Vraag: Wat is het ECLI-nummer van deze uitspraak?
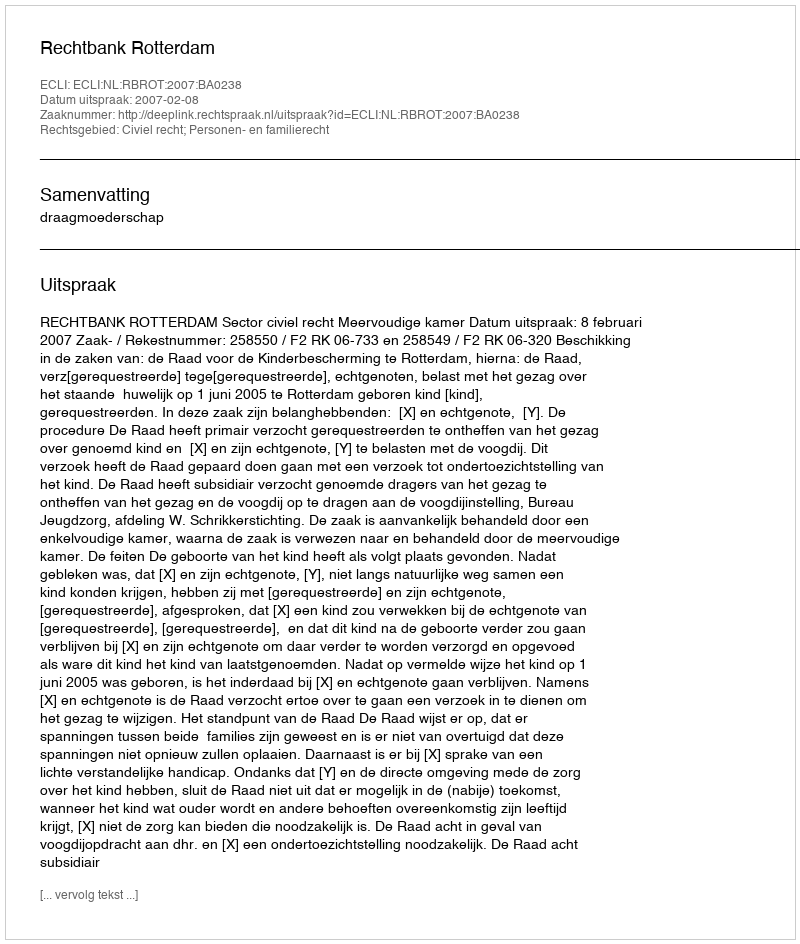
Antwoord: ECLI:NL:RBROT:2007:BA0238